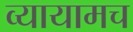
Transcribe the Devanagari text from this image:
व्यायामच